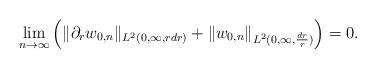
LaTeX: \begin{align*}\lim_{n\to\infty}\left(\|\partial_rw_{0,n}\|_{L^2(0,\infty,rdr)}+\|w_{0,n}\|_{L^2(0,\infty,\frac{dr}{r})}\right)=0.\end{align*}